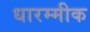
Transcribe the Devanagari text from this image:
धारम्मीक